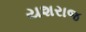
યશરાજ